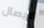
الإيصال